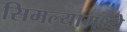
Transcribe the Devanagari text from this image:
सिमल्यामध्ये